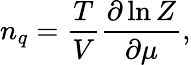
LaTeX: n_{q}=\frac{T}{V}\frac{\partial\ln Z}{\partial\mu},